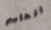
الحاسم